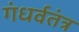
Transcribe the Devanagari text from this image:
गंधर्वतंत्र